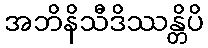
အဘိနိသီဒိဿန္တိပိ